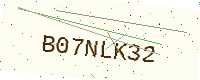
Text: B07NLK32